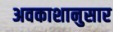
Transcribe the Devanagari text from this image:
अवकाशानुसार